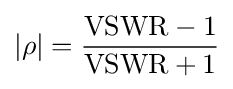
|\rho |={\frac {\mathrm {VSWR} -1}{\mathrm {VSWR} +1}}